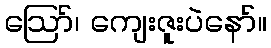
ဪ၊ ကျေးဇူးပဲနော်။